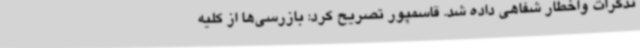
تذکرات واخطار شفاهی داده شد. قاسمپور تصریح کرد: بازرسی‌ها از کلیه